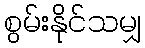
စွမ်းနိုင်သမျှ